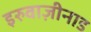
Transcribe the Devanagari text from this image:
इरुवाज़ीनाड